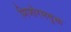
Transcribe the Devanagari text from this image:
मिजोरमयुक्त